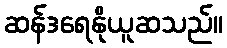
ဆန်ဒရေနိုယူဆသည်။